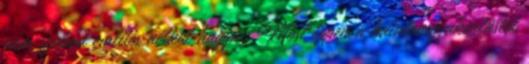
nem szabad említés nélkül hagyni. Most éppen a hatalomgyakorlástól